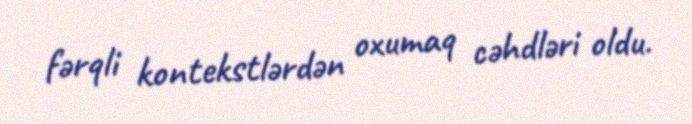
fərqli kontekstlərdən oxumaq cəhdləri oldu.